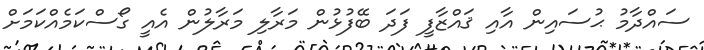
ސައްދާމު ޙުސައިން އާއި ޤައްޒާފީ ފަދަ ބޭފުޅުން މަރާލި މަރާލުން އެއީ ގޯސްކަމެއްކަމަށް